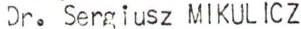
Dr. Sergiusz MIKULICZ